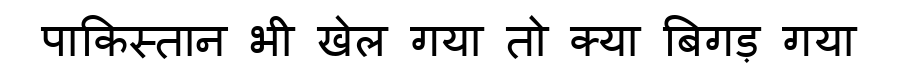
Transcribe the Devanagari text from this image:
पाकिस्तान भी खेल गया तो क्या बिगड़ गया